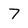
Character: 7